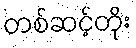
တစ်ဆင့်တိုး